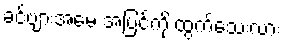
ခင်ဗျားအမေ အပြင်ကို ထွက်သေးလား